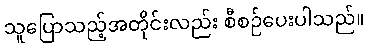
သူပြောသည့်အတိုင်းလည်း စီစဉ်ပေးပါသည်။